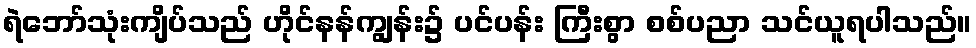
ရဲဘော်သုံးကျိပ်သည် ဟိုင်နန်ကျွန်း၌ ပင်ပန်း ကြီးစွာ စစ်ပညာ သင်ယူရပါသည်။